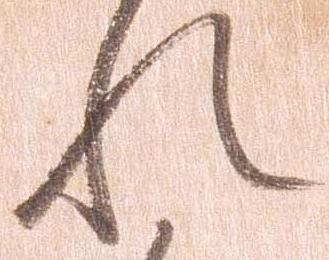
れ